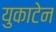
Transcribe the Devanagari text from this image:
युकाटेन